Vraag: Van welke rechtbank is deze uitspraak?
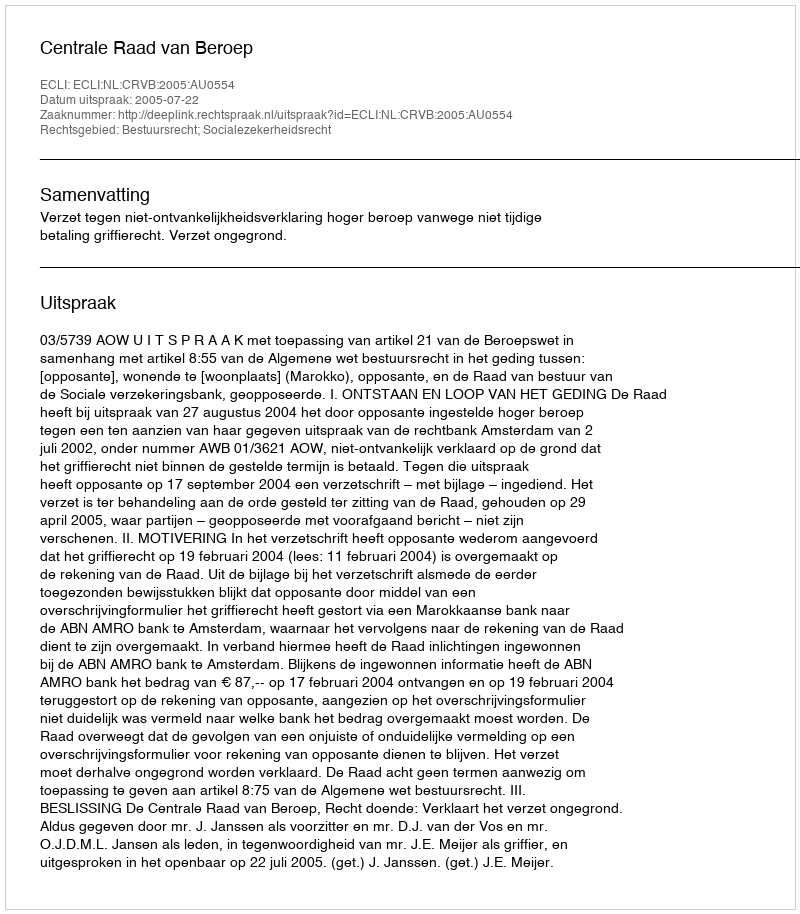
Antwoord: Centrale Raad van Beroep